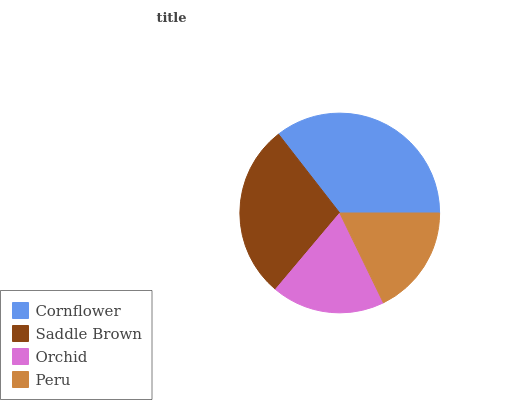
| Cornflower | Saddle Brown | Orchid | Peru |
 | --- | --- | --- | --- |
 | 35.5% | 28.3% | 18.3% | 17.8% |